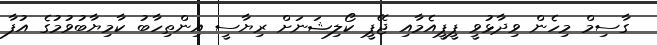
ގާސިމް މިހެން ވިދާޅުވީ ޕީޕީއެމާއި ޖޭޕީ ކޯލިޝަނަށް ރިޔާސީ އިންތިހާބު ކާމިޔާބުވުމުގެ އުފާ